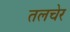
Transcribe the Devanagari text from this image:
तलचेर